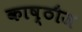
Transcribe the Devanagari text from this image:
काष्ठौज